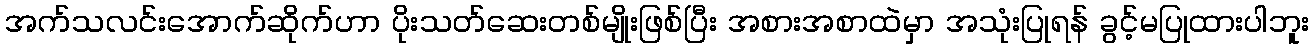
အက်သလင်းအောက်ဆိုက်ဟာ ပိုးသတ်ဆေးတစ်မျိုးဖြစ်ပြီး အစားအစာထဲမှာ အသုံးပြုရန် ခွင့်မပြုထားပါဘူး